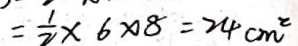
= \frac { 1 } { 2 } \times 6 \times 8 = 2 4 c m ^ { 2 }